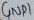
Text: GND1